Bréfritari: Einar Andrésson
Viðtakandi: Jón Borgfirðings Jónsson
Dagsetning: A-1858-03-05
Skrifað á: Bólu  Skag.

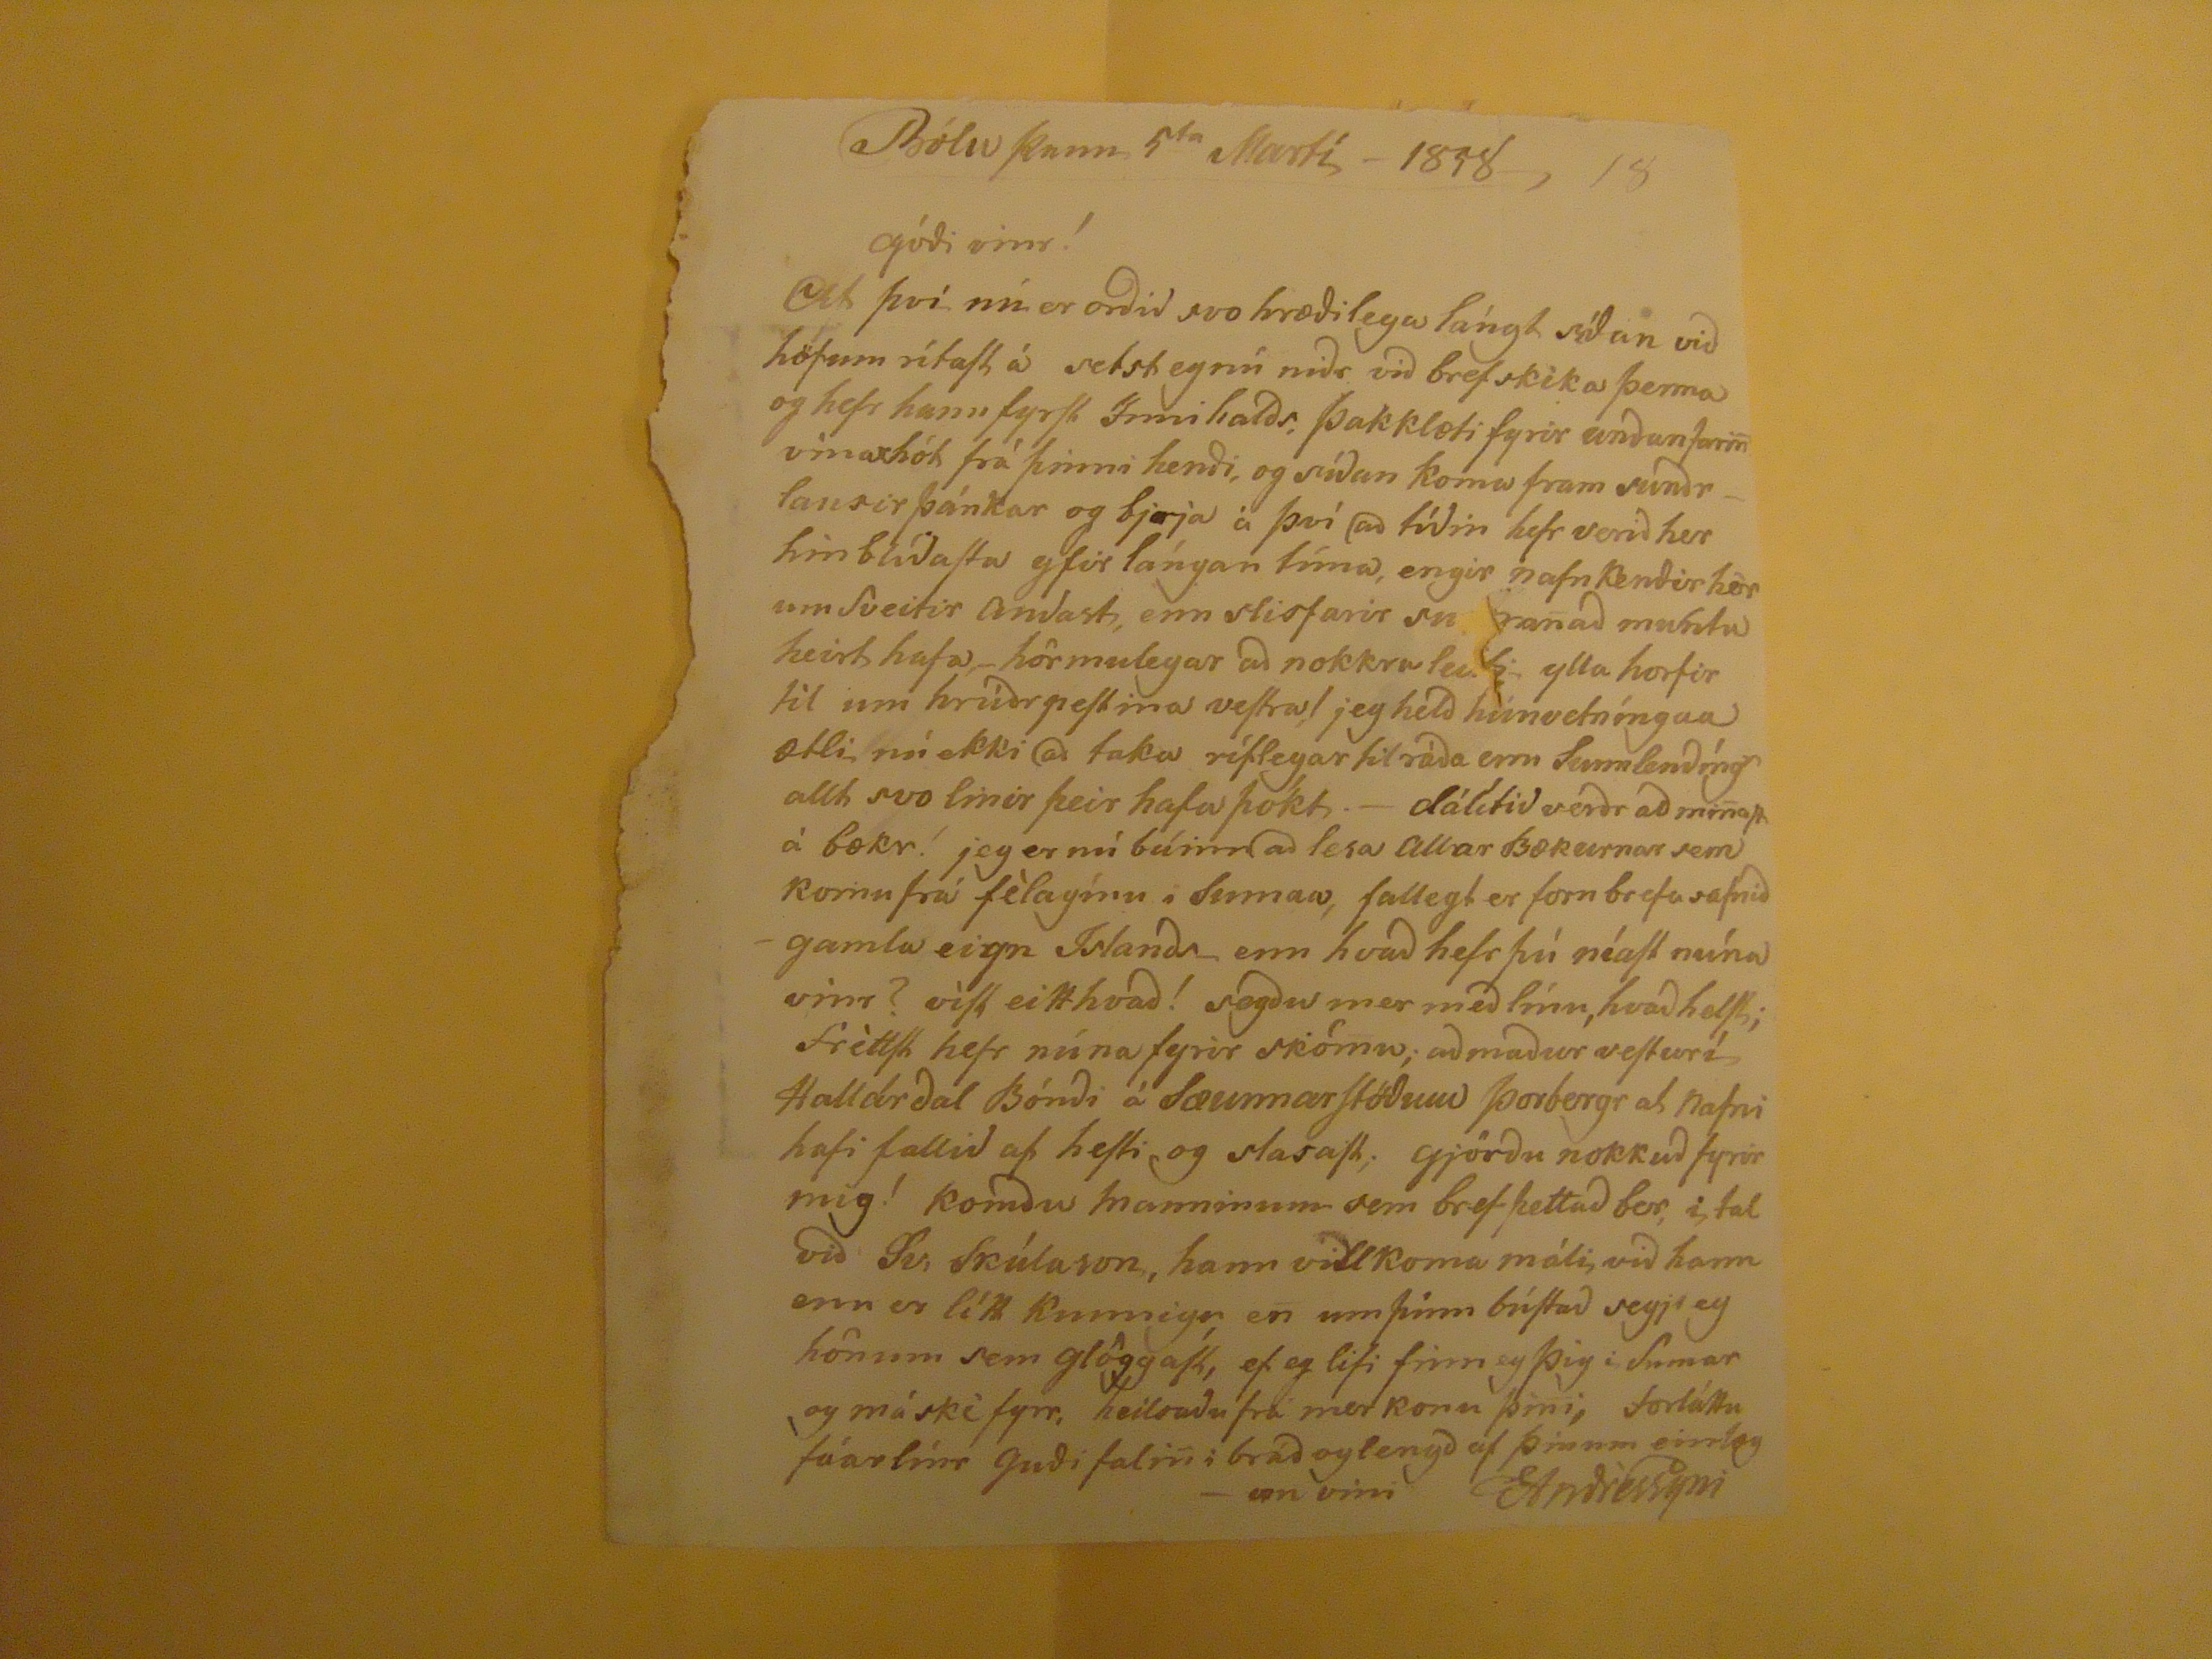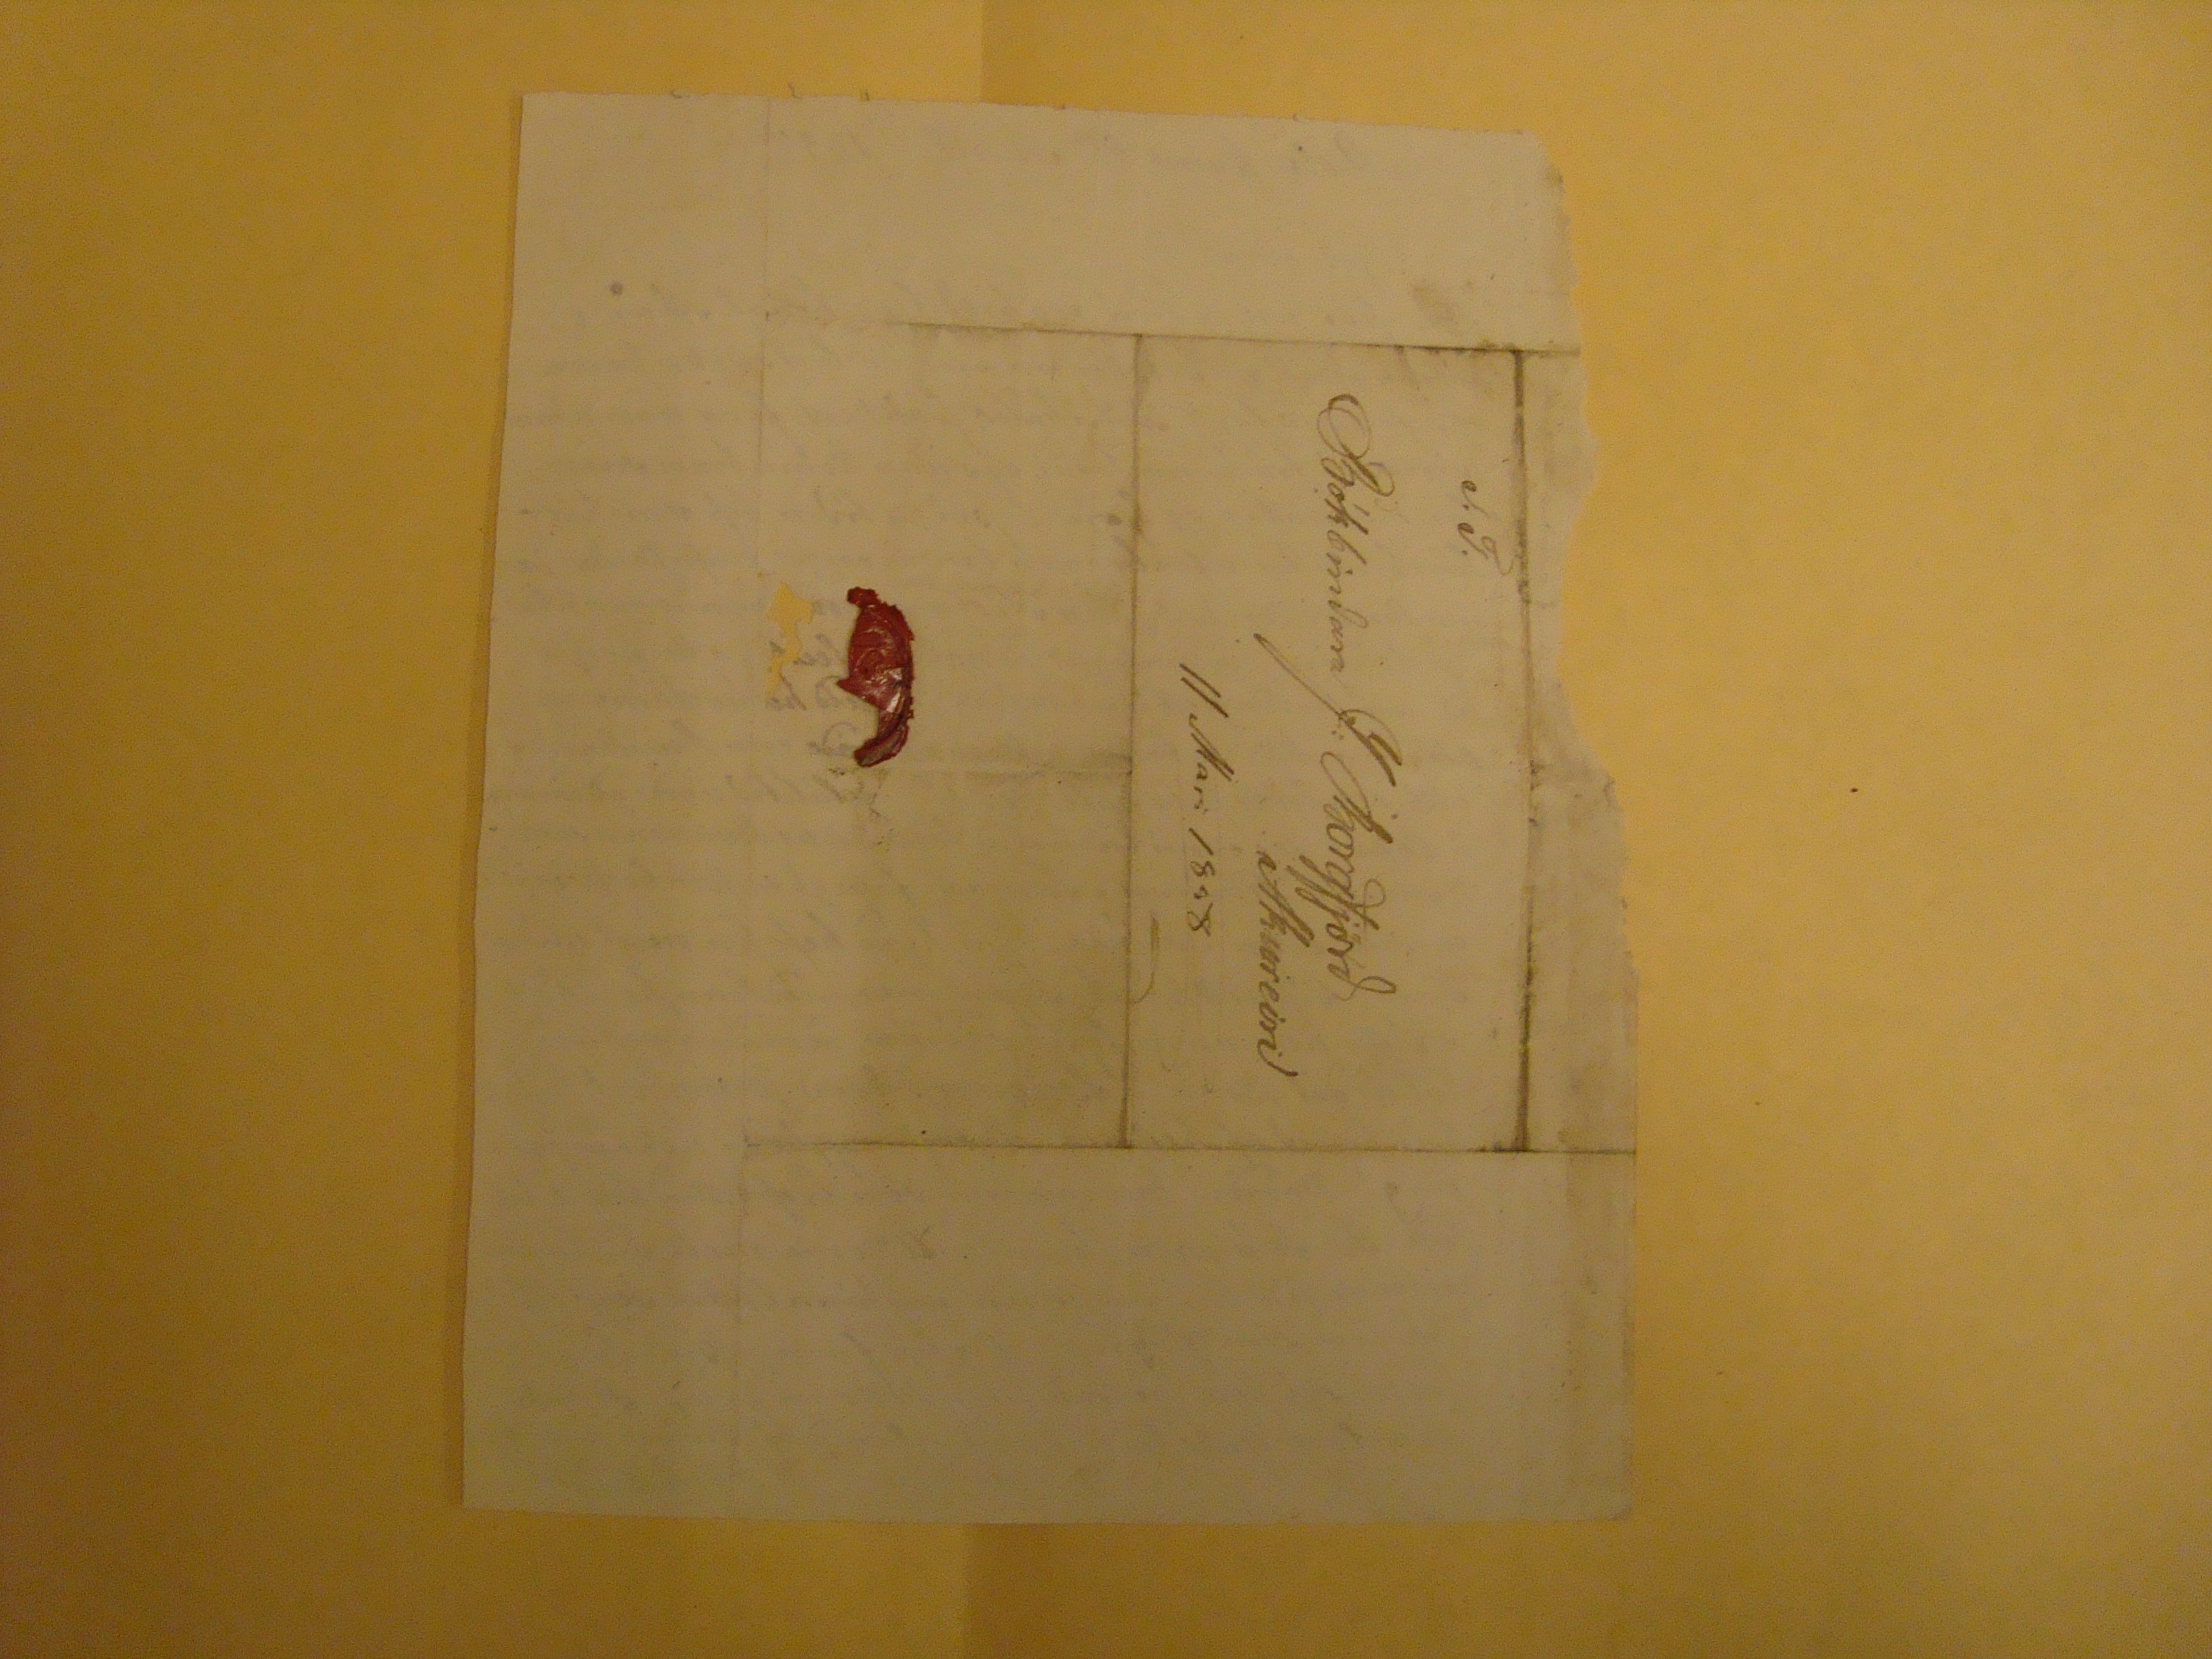

Bólu þann 5
ta
Marts - 1857
góði vinr!
Af því nú er orðið svo hræðilega lángt síðan við höfum rítast á sest eg nú niðr við bref skika þenna og hefr hann fyrst Innihalds, þakklæti fyrir undanfari
n
vinarhót frá þinni hendi, og síðan koma fram sundrlausir þánkar og
bjrja
á því að tíðin hefr verið her hinbliðasta yfir lángan tíma, engir nafnkendir hér um Sveitir andast, enn slisfarir
sn???
n
að
muntu heirt hafa hörmulegar að nokkru leiti ylla horfir til um hríðarpestina vestra! jeg held húnvetníngar ætli nú ekki að taka ríflegar til ráða enn Sunnlengíngr allt svo linir þeir hafa þókt,- dálítið verðr að mi
n
ast á bækr! jeg er nú búinn að lesa allar Bækurnar sem komu frá félagínu i sumar, fallegt er forn brefasafnið gamla eign Islands - enn hvað hefr þú níast núna vinr? víst eitthvað! segðu mer með línu, hvað helst; Fréttst hefr núna fyrir skömu; að maður vesturí Hallárdal Bóndi á Sæunnarstöðum Þorbergr að nafni hafi fallið af hesti og slasast; gjörðu nokkuð fyrir mig! komdu manninum sem bref þettað ber, i tal við Sv, Skúlason, hann vill koma máli, við hann enn er lítt kunnigr, en um þinn bústað
segj eg
hönum sem glöggast, ef eg lifi finn eg þig i sumar og máksi fyrr, heilsaðu frá mer konu þini, forláttu fáar línr guði fali
n
i bráð og lengd af þinum einlægun vini EAndréssyni
S.T.
Bókbindara j. Borgfjörð
Akureiri
11 MArs 1858